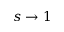
s \to 1